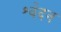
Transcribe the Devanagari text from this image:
श्वेदन